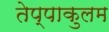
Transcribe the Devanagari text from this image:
तेप्पाकुलम